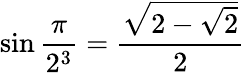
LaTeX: \sin{\frac{\pi}{2^{3}}}={\frac{\sqrt{2-{\sqrt{2}}}}{2}}